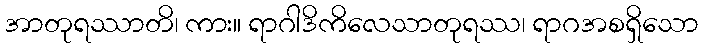
အာတုရဿာတိ၊ ကား။ ရာဂါဒိကိလေသာတုရဿ၊ ရာဂအစရှိသော